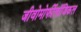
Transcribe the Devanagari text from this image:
जीवोमोर्फीलॉजिकल